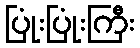
ပြုံးပြုံးကြီး